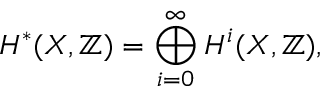
H ^ { * } ( X , \mathbb { Z } ) = \bigoplus _ { i = 0 } ^ { \infty } H ^ { i } ( X , \mathbb { Z } ) ,